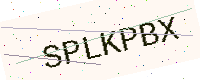
Text: SPLKPBX